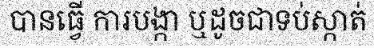
បានធ្វើ ការបង្កា ឬដូចជាទប់ស្កាត់